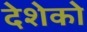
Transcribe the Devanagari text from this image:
देशेको